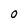
Character: O